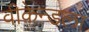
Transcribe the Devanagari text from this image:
वीकेन्डला